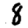
Digit: 8